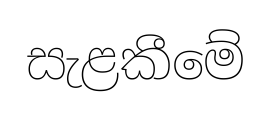
සැළකීමේ